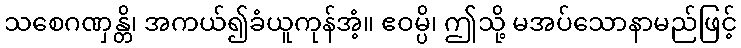
သစေဂဏှန္တိ၊ အကယ်၍ခံယူကုန်အံ့။ ဧဝမ္ပိ၊ ဤသို့ မအပ်သောနာမည်ဖြင့်